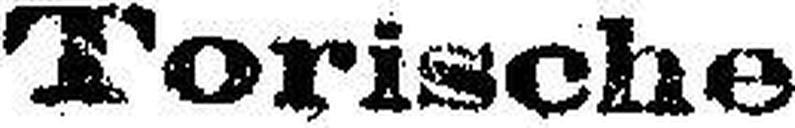
Torische